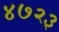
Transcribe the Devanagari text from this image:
४७२३